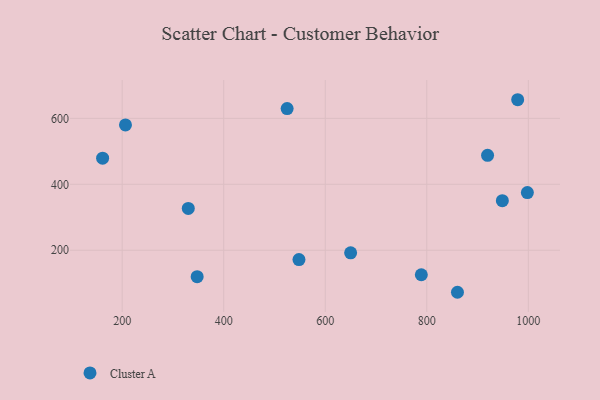
{"axis": {"x": "Experience", "y": "Salary"}, "legend": ["Cluster A"], "data": [{"x": "330.2", "y": 326.9, "type": "Cluster A"}, {"x": "524.9", "y": 629.8, "type": "Cluster A"}, {"x": "998.1", "y": 374.9, "type": "Cluster A"}, {"x": "948.8", "y": 350.2, "type": "Cluster A"}, {"x": "548.2", "y": 171.7, "type": "Cluster A"}, {"x": "650.0", "y": 192.1, "type": "Cluster A"}, {"x": "919.7", "y": 487.9, "type": "Cluster A"}, {"x": "206.5", "y": 580.1, "type": "Cluster A"}, {"x": "161.5", "y": 479.1, "type": "Cluster A"}, {"x": "979.0", "y": 656.5, "type": "Cluster A"}, {"x": "789.2", "y": 125.7, "type": "Cluster A"}, {"x": "347.7", "y": 119.7, "type": "Cluster A"}, {"x": "860.4", "y": 72.5, "type": "Cluster A"}]}